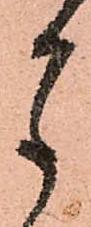
月